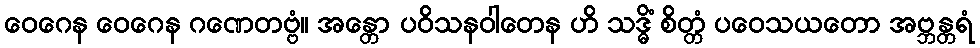
ဝေဂေန ဝေဂေန ဂဏေတဗ္ဗံ။ အန္တော ပဝိသနဝါတေန ဟိ သဒ္ဓိံ စိတ္တံ ပဝေသယတော အဗ္ဘန္တရံ